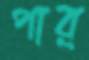
পার্